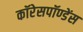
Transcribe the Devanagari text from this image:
कॉरेसपॉण्डेंस